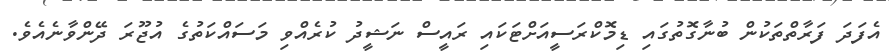
އެފަދަ ފަރާތްތަކުން ބުނާގޮތުގައި ޑިމޮކްރަސީއަށްޓަކައި ރައީސް ނަޝީދު ކުރެއްވި މަސައްކަތުގެ އުޖޫރަ ދޭންވާނެއެވެ.